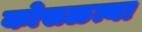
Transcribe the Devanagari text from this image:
कोसळत्या